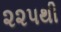
૨૨પથી